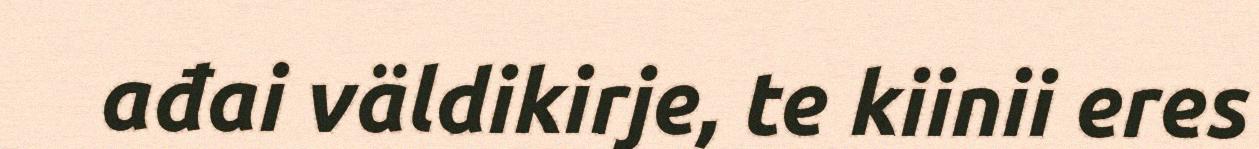
ađai väldikirje, te kiinii eres